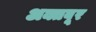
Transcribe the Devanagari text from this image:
अक्तबूर